Report of the Imperial Institute of Veterinary Research, Muktesar
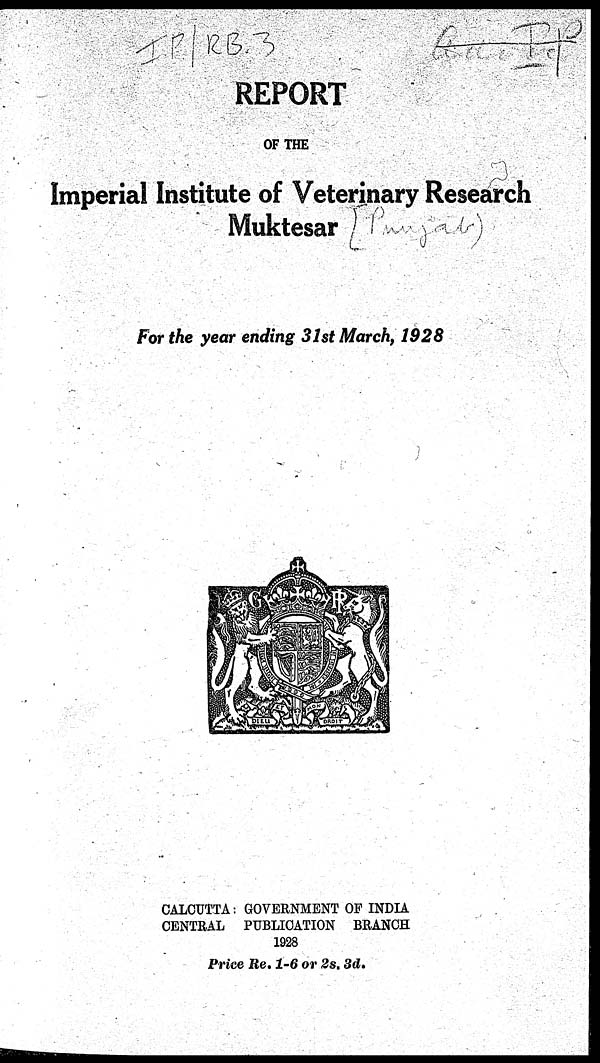
REPORT
OF THE
Imperial Institute of Veterinary Research
Muktesar
For the year ending 31st March, 1928
CALCUTTA : GOVERNMENT OF INDIA
CENTRAL PUBLICATION BRANCH
1928
Price Re. 1-6 or 2s. 3d.